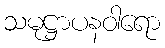
သမုဋ္ဌာပနဝါရော